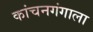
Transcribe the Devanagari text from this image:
कांचनगंगाला